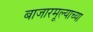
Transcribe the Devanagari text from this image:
बाजारमूल्याच्या